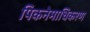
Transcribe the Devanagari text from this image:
पिकनेमाधिकरण